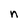
Character: n